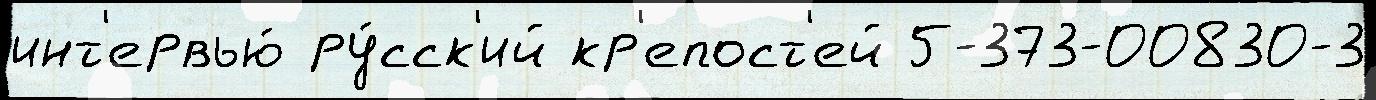
инт'ервью́ ру́сск'ий кр'епост'ей 5-373-00830-3